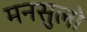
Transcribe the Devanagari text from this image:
मनसुलो